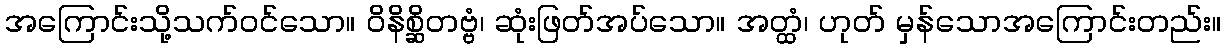
အကြောင်းသို့သက်ဝင်သော။ ဝိနိစ္ဆိတဗ္ဗံ၊ ဆုံးဖြတ်အပ်သော။ အတ္ထံ၊ ဟုတ် မှန်သောအကြောင်းတည်း။